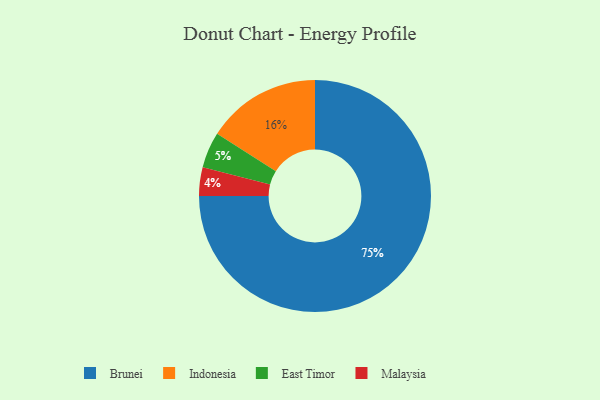
{"axis": {"x": "Category", "y": "Percentage"}, "legend": ["Brunei", "East Timor", "Indonesia", "Malaysia"], "data": [{"x": "Brunei", "y": 75, "type": "Brunei"}, {"x": "East Timor", "y": 5, "type": "East Timor"}, {"x": "Malaysia", "y": 4, "type": "Malaysia"}, {"x": "Indonesia", "y": 16, "type": "Indonesia"}]}